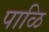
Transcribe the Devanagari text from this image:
पाळि